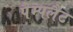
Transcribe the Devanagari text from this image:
पैम्पलैट